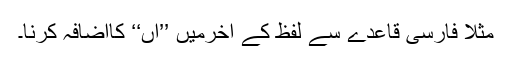
مثلاً فارسی قاعدے سے لفظ کے آخرمیں ’’اں‘‘ کااضافہ کرنا۔